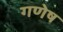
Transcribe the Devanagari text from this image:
गणेष